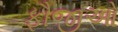
ફૌજીઓ